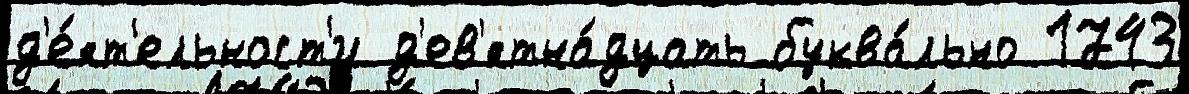
д'е́ят'ельност'и д'ев'ятна́дцать буква́льно 1743